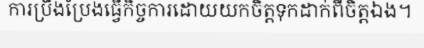
ការប្រឹងប្រែងធ្វើកិច្ចការដោយយកចិត្តទុកដាក់ពីចិត្តឯង។